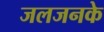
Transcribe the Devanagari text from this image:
जलजनके